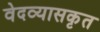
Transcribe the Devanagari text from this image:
वेदव्यासकृत